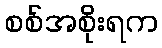
စစ်အစိုးရက